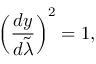
\left( { \frac { d y } { d \tilde { \lambda } } } \right) ^ { 2 } = 1 ,